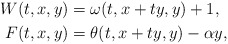
\begin{align*} W(t,x,y)&= \omega(t,x+ty,y)+1,\\ F(t,x,y)&= \theta(t,x+ty,y)- \alpha y,\end{align*}